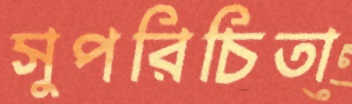
সুপরিচিতা